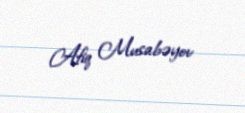
Afiq Musabəyov